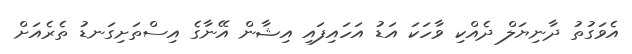
އެވަގުތު ދާނިޔަލް ދެއްކި ވާހަކަ އަޑު އަހައިފައި އިޝާން އޭނާގެ އިސްތަށިގަނޑު ތެރެއަށް